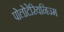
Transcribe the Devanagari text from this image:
पोलोटेरियनिज्म